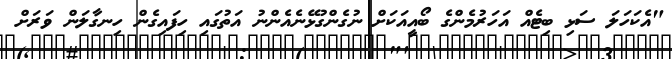
"އެކަހަލަ ސަޅި ބިޓެއް އަހަރުމެންގެ ބޯއީއަކަށް ނުގެންގުޅޭނެއެންނު އަތުގައި ހިފައިގެން ހިނގާލަން ވަރަށް